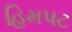
હિમપટ